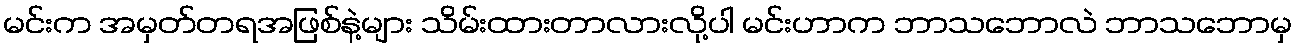
မင်းက အမှတ်တရအဖြစ်နဲ့များ သိမ်းထားတာလားလို့ပါ မင်းဟာက ဘာသဘောလဲ ဘာသဘောမှ